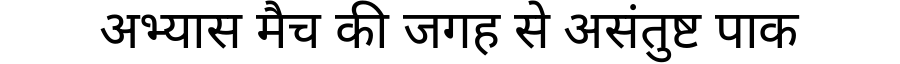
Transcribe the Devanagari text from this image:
अभ्यास मैच की जगह से असंतुष्ट पाक